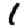
Digit: 1